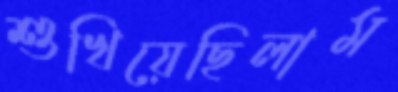
শুখিয়েছিলাম